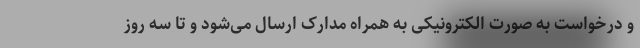
و درخواست به صورت الکترونیکی به همراه مدارک ارسال می‌شود و تا سه روز